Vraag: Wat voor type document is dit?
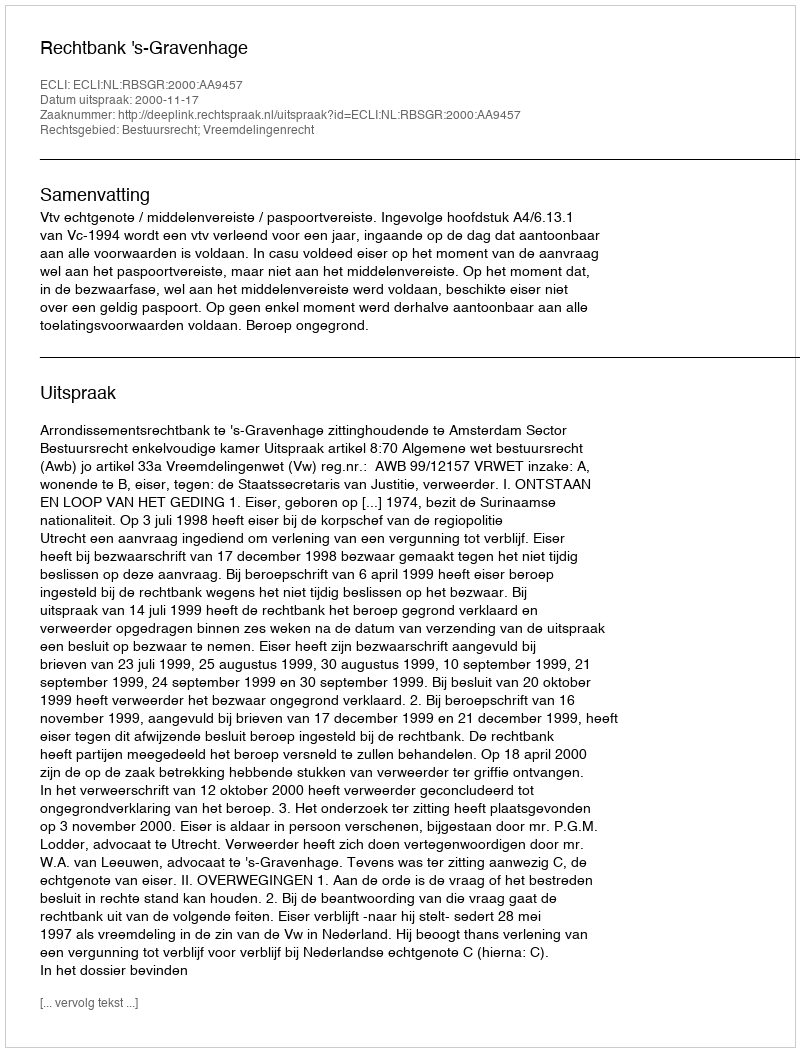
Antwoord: Uitspraak